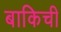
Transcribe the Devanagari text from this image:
बाकिची